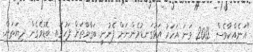
"އަނެއްކާވެސް 2012 ވަނަ އަހަރު އަޅުގަނޑުމެންނަށް ފެނުނީ ބަގާވާތަށް ފަހުގައި ބޮޑުވެގެން ދިޔަތަން.